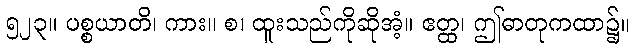
၅၂၃။ ပစ္စယာတိ၊ ကား။ စ၊ ထူးသည်ကိုဆိုအံ့။ ဧတ္ထ၊ ဤဓာတုကထာ၌။